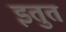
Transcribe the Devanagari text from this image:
इतुत